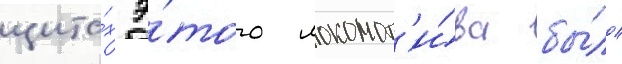
щита́х э́того локомот'и́ва бы́ло